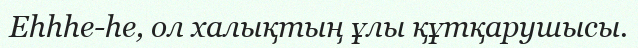
Еһһһе-һе, ол халықтың ұлы құтқарушысы.